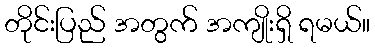
တိုင်းပြည် အတွက် အကျိုးရှိ ရမယ်။